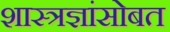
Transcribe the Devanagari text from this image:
शास्त्रज्ञांसोबत